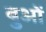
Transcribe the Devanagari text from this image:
बुओं